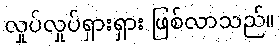
လှုပ်လှုပ်ရှားရှား ဖြစ်လာသည်။